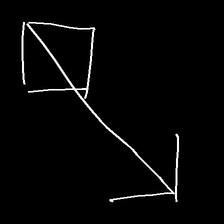
Glyph: focus